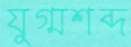
যুগ্মশব্দ